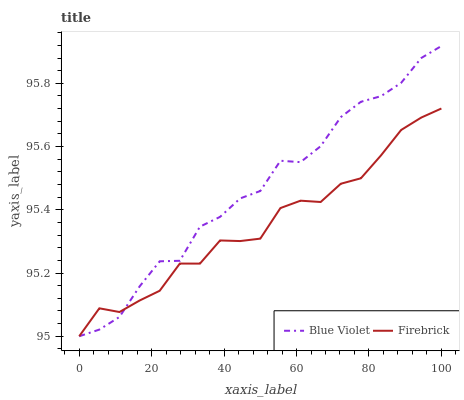
| xaxis_label | Blue Violet | Firebrick |
 | --- | --- | --- |
 | 0 | 95 | 95 |
 | 5.56 | 95 | 95.1 |
 | 11.1 | 95.1 | 95.1 |
 | 16.7 | 95.2 | 95.1 |
 | 22.2 | 95.2 | 95.1 |
 | 27.8 | 95.2 | 95.2 |
 | 33.3 | 95.3 | 95.2 |
 | 38.9 | 95.4 | 95.3 |
 | 44.4 | 95.4 | 95.3 |
 | 50 | 95.5 | 95.3 |
 | 55.6 | 95.6 | 95.4 |
 | 61.1 | 95.6 | 95.4 |
 | 66.7 | 95.6 | 95.4 |
 | 72.2 | 95.7 | 95.5 |
 | 77.8 | 95.7 | 95.5 |
 | 83.3 | 95.8 | 95.6 |
 | 88.9 | 95.8 | 95.7 |
 | 94.4 | 95.9 | 95.7 |
 | 100 | 95.9 | 95.7 |